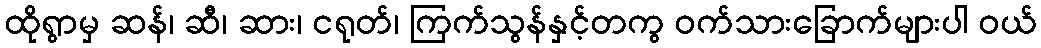
ထိုရွာမှ ဆန်၊ ဆီ၊ ဆား၊ ငရုတ်၊ ကြက်သွန်နှင့်တကွ ဝက်သားခြောက်များပါ ဝယ်